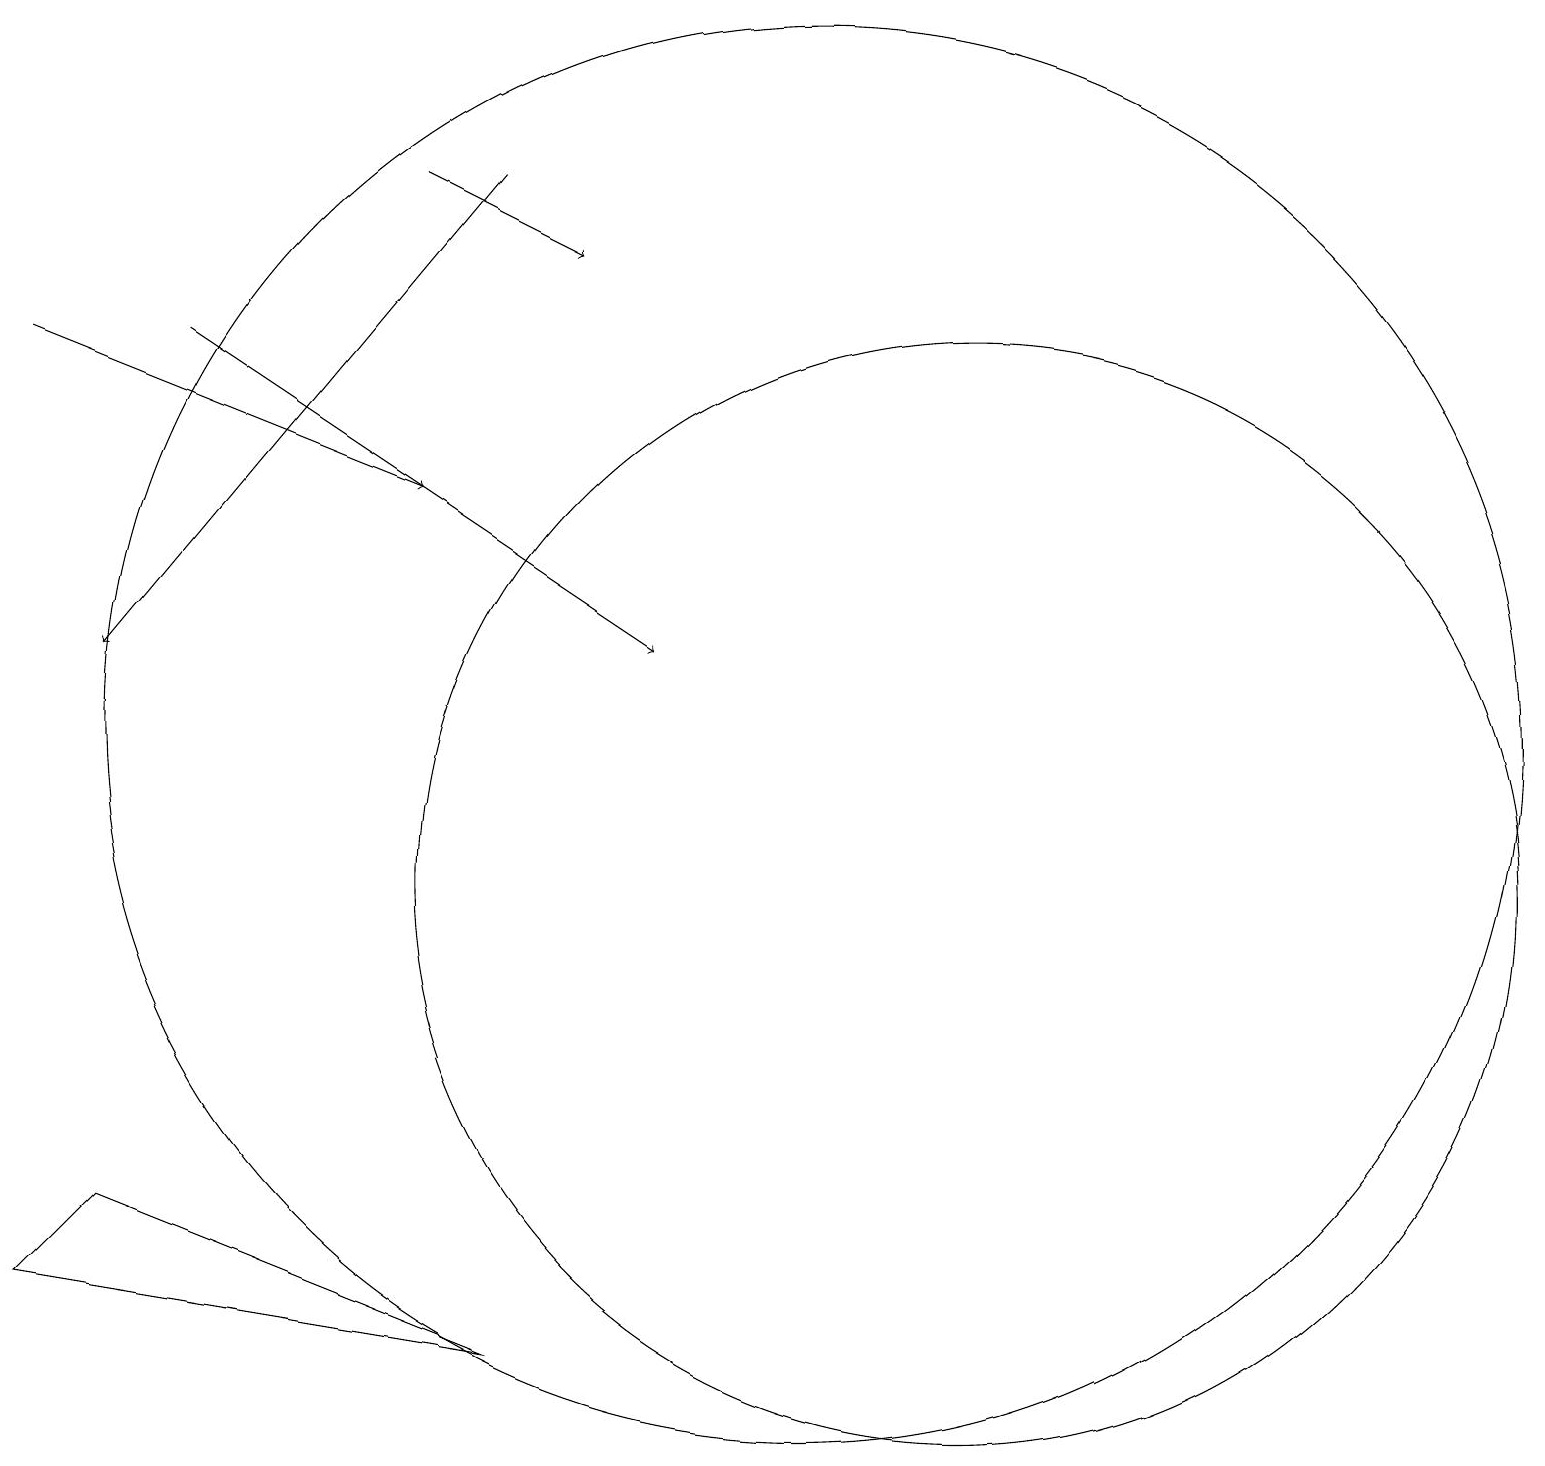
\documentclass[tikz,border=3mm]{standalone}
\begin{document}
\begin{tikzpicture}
\draw[->] (2,17) -- (8,13);
\draw[->] (5,19) -- (7,18);
\draw[->] (6,19) -- (1,13);
\draw (1,6) -- (0,5) -- (6,4) -- cycle;
\draw (10,12) circle (9);
\draw[->] (0,17) -- (5,15);
\draw (12,10) circle (7);
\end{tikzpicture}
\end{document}